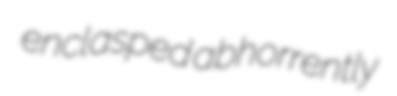
enclasped abhorrently